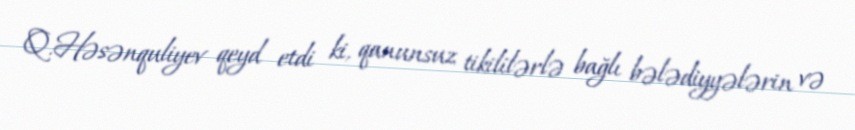
Q.Həsənquliyev qeyd etdi ki, qanunsuz tikililərlə bağlı bələdiyyələrin və